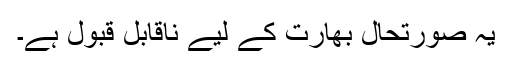
یہ صورتحال بھارت کے لیے ناقابل قبول ہے۔